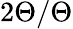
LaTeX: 2\Theta/\Theta